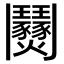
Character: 𩰟